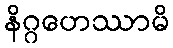
နိဂ္ဂဟေဿာမိ